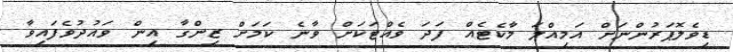
ޑިވެލޮޕަރުންނަށް އަމިއްލަ މާކެޓެއް ފަދަ ވެއްޓަކަށް ވާނެ ކަމަށް ޒިންގާ އިން ވައުދުވެފައިވާ